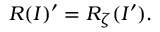
{ \cal R } ( I ) ^ { \prime } = { \cal R } _ { \zeta } ( I ^ { \prime } ) .